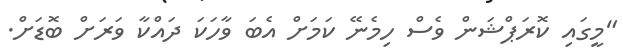
"މީގައި ކޮރަޕްޝަން ވެސް ހިމެނޭ ކަމަށް އެބަ ވާހަކަ ދައްކާ ވަރަށް ބޮޑަށް.